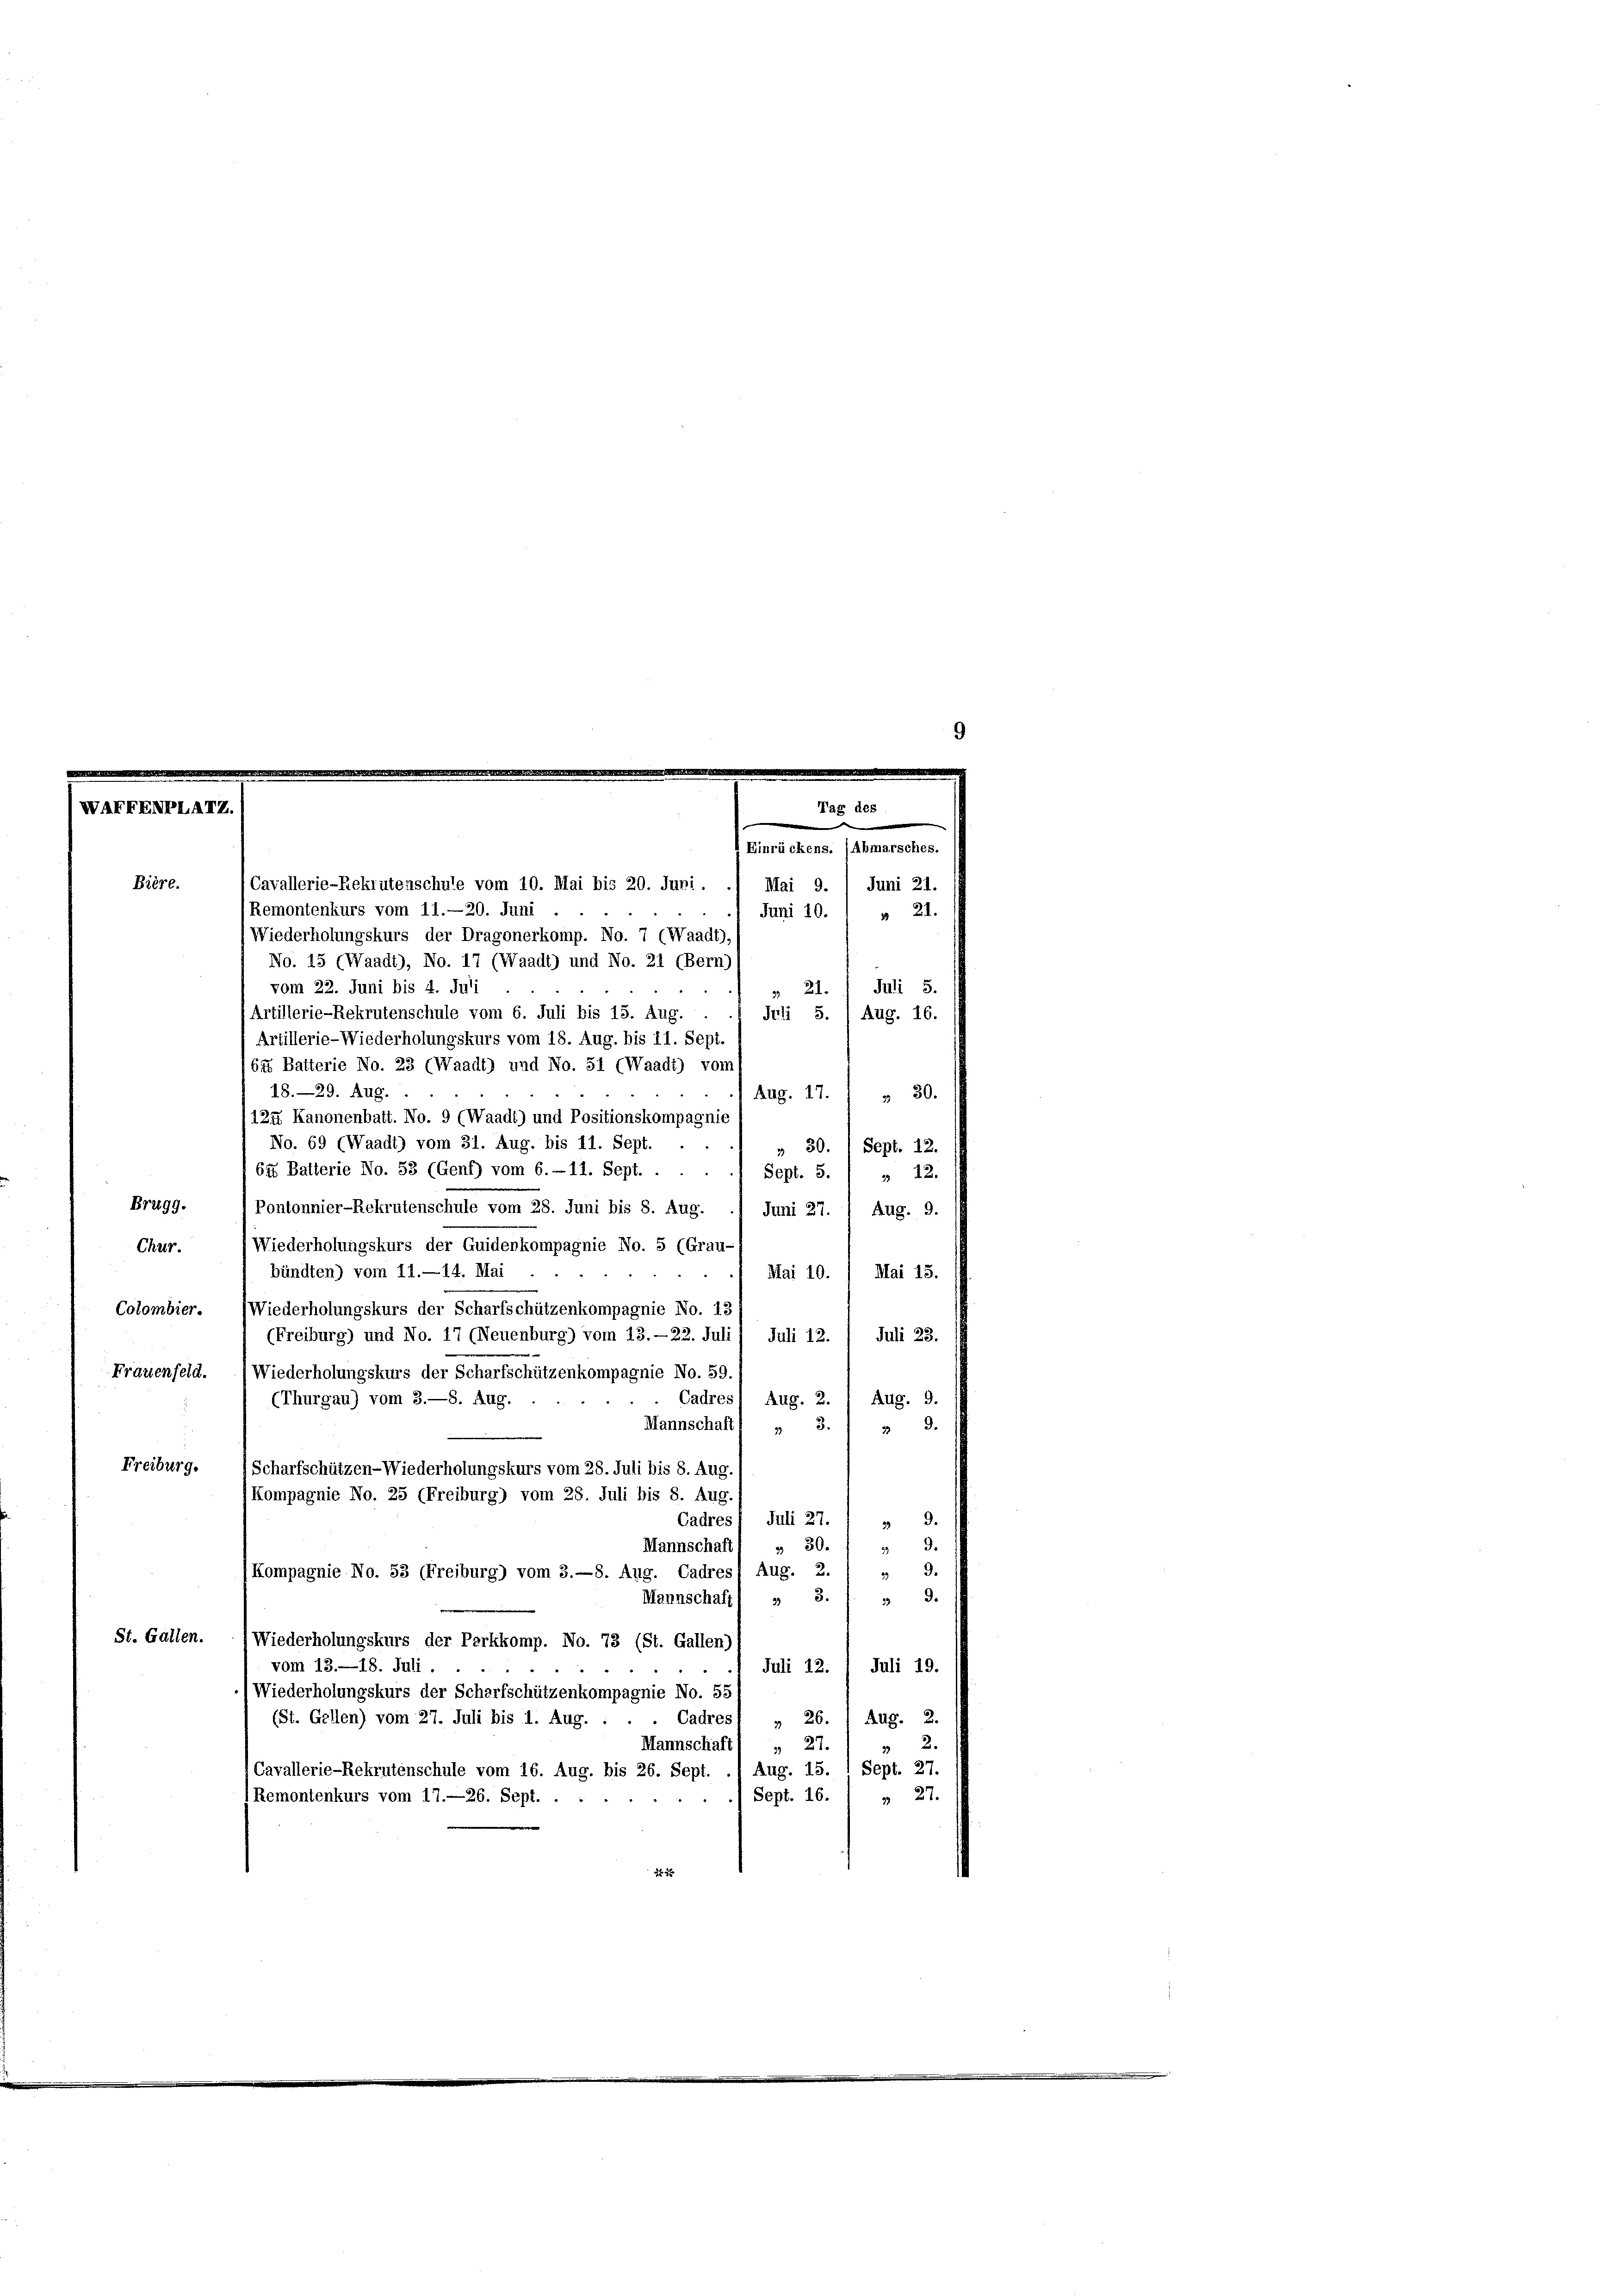
Bière.

Cavallerie-Rekrutenschule vom 10. Mai bis 20. Juni.
Remontenkurs vom 11.—20. Juni
Juni 10.
Wiederholungskurs der Dragonerkomp. No. 7 (Waadt), s
No. 15 (Waadt), No. 17 (Waadt) und No. 21 (Bern)
vom 22. Juni bis 4. Juli
21. Juli 5.
Artillerie-Rekrutenschule vom 6. Juli bis 15. Aug.
Juli S. 1 Aug. 16.
Artillerie-Wiederholungskurs vom 18. Aug. bis 11. Sept.
64 Batterie No. 23 (Waadt) und No. 51 (Waadt) vom
18.—29. Aug.
Aug. 17.
 30.
124 Kanonenbatt. No. 9 (Waadt) und Positionskompagnie
No. 69 (Waadt) vom 31. Aug. bis 11. Sept. . .
* 30. 1 Sept. 12.
64 Batterie No. 55 (Genf) vom 6.-11. Sept. . .
Sept. 5.
 22.
Brugg. Pontonnier-Rekrutenschule vom 28. Juni bis 8. Aug. . Juni 27. 1 Aug. 9.
Wiederholungskurs der Guiderkompagnie No. 5 (Grau-
Chur.
bündten) vom 11.—14. Mai
Mai 15.
Mai 10.
Colombier. (Wiederholungskurs der Scharfschützenkompagnie No. 13
Juli 23.
(Freiburg) und No. 17 (Neuenburg) vom 13. —22. Juli, Juli 12.
Frauenfeld. (Wiederholungskurs der Scharfschützenkompagnie No. 59.
Cadres
Aug. 2
Aug. 9.
(Thurgau) vom 3.—8. Aug.
Mannschaft (
3.
 9.
Freiburg.
Scharfschützen-Wiederholungskurs vom 28. Juli bis 8. Aug.
Kompagnie No. 25 (Freiburg) vom 28. Juli bis 8. Aug.
9.
Cadres 1 Juli 27.
39
Mannschaft . 30.) " 9.
9.
(Kompagnie No. 53 (Freiburg) vom 3.—8. Aug. Cadres, Aug. 2.
29
9.
Mannschaft 1 „ 3.
23
St. Gallen.
Wiederholungskurs der Parkkomp. No. 73 (St. Gallen)
vom 13. —18. Juli.
Juli 12. / Juli 19.
Wiederholungskurs der Scharfschützenkompagnie No. 55
Aug. 2.
(St. Gellen) vom 27. Juli bis 1. Aug.
 26.
Cadres
2.
Mannschaft) " 27.
Cavallerie-Rekrutenschule vom 16. Aug. bis 26. Sept. ./ Aug. 15. 1 Sept. 27.
Sept. 16.
 22.
Remontenkurs vom 17.—26. Sept. .
N 22

ückes

Mai 9. Juni 21.
 21.